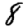
Digit: 8